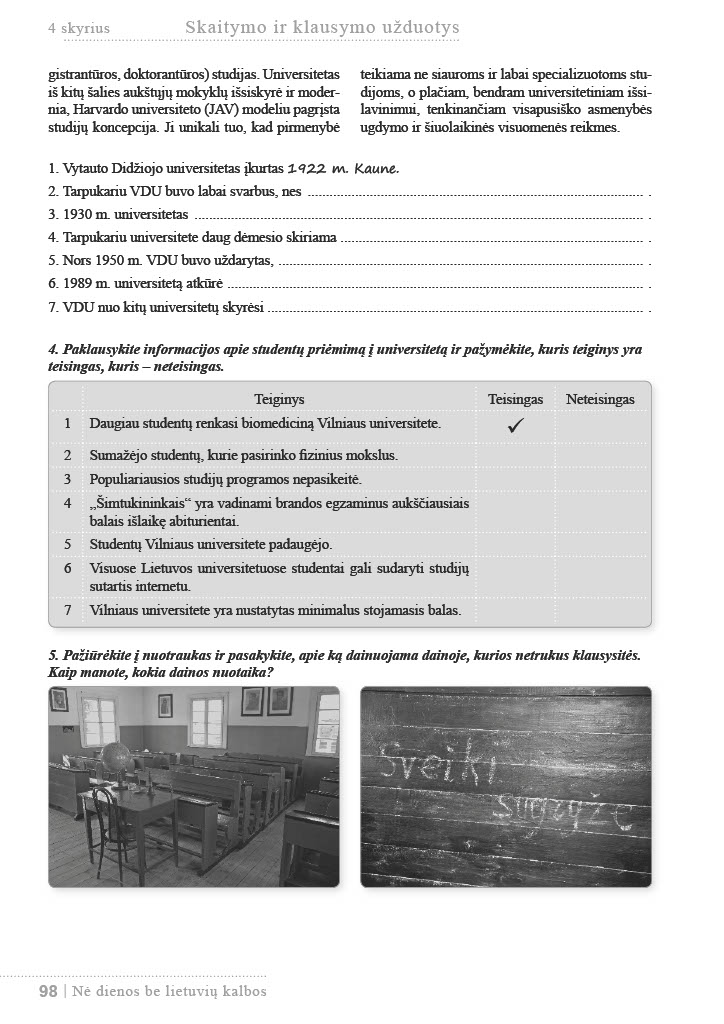
Language: lt